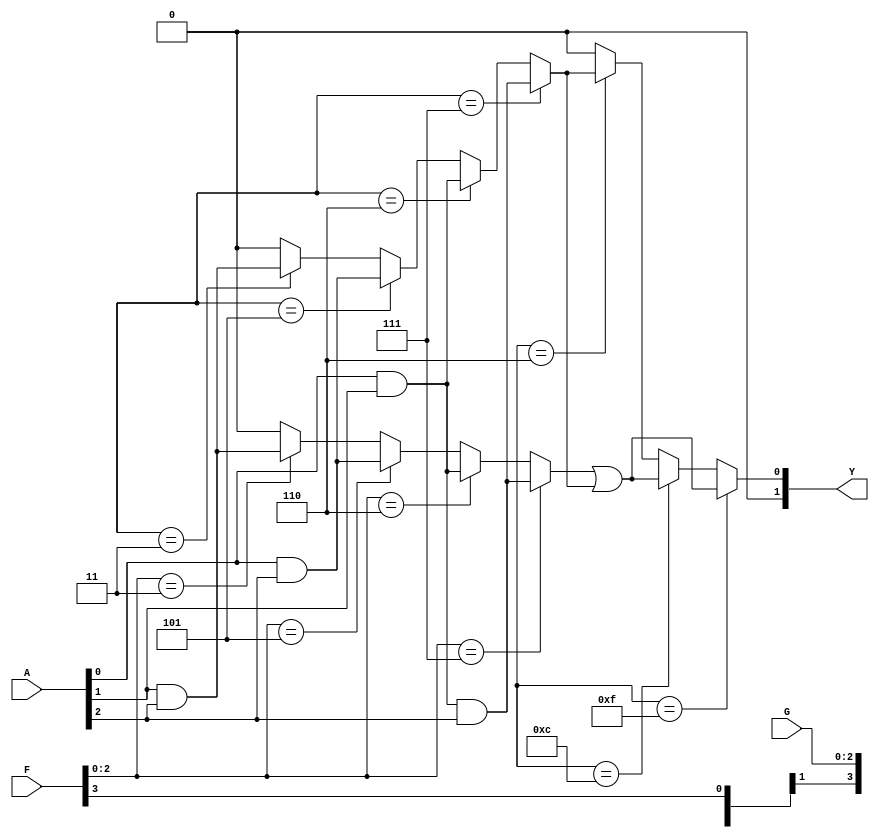
module fuse_based_PLA (
    input wire [N-1:0] A,  // Input signals (e.g., A, B, C, etc.)
    input wire [M-1:0] F,  // Fuse configuration for AND plane
    input wire [P-1:0] G,  // Fuse configuration for OR plane
    output wire [Q-1:0] Y   // Output signals (e.g., Y1, Y2, Y3, etc.)
);

// Parameters for the design
parameter N = 3; // Number of input signals
parameter M = 4; // Number of AND gates
parameter P = 3; // Number of OR gates
parameter Q = 2; // Number of output signals

// Internal wires for product terms
wire [M-1:0] P_terms; // Product terms from AND plane

// AND Plane: Programmable AND gates
genvar i, j;
generate
    for (i = 0; i < M; i = i + 1) begin : and_plane
        assign P_terms[i] = (F[i*N +: N] == {N{1'b1}}) ? (A[0] & A[1] & A[2]) : // Example logic
                            (F[i*N +: N] == {1'b1, 1'b1, 1'b0}) ? (A[0] & A[1]) : // Example logic
                            (F[i*N +: N] == {1'b1, 1'b0, 1'b1}) ? (A[0] & A[2]) : // Example logic
                            (F[i*N +: N] == {1'b0, 1'b1, 1'b1}) ? (A[1] & A[2]) : // Example logic
                            1'b0; // Default case
    end
endgenerate

// OR Plane: Programmable OR gates
generate
    for (j = 0; j < P; j = j + 1) begin : or_plane
        assign Y[j] = (G[j*M +: M] == {M{1'b1}}) ? (P_terms[0] | P_terms[1] | P_terms[2] | P_terms[3]) : // Example logic
                      (G[j*M +: M] == {1'b1, 1'b1, 1'b0, 1'b0}) ? (P_terms[0] | P_terms[1]) : // Example logic
                      (G[j*M +: M] == {1'b0, 1'b1, 1'b1, 1'b0}) ? (P_terms[1] | P_terms[2]) : // Example logic
                      1'b0; // Default case
    end
endgenerate

endmodule